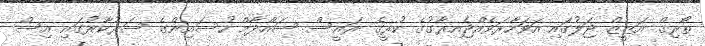
ތޯރިގް އަޒީޒް ޖަލުގައި އަވަހާރަވެއްޖެއިރާގުގެ ކުރީގެ ރައީސް ސައްދާމް ހުސައިންގެ ސަރުކާރުގައި އިސް